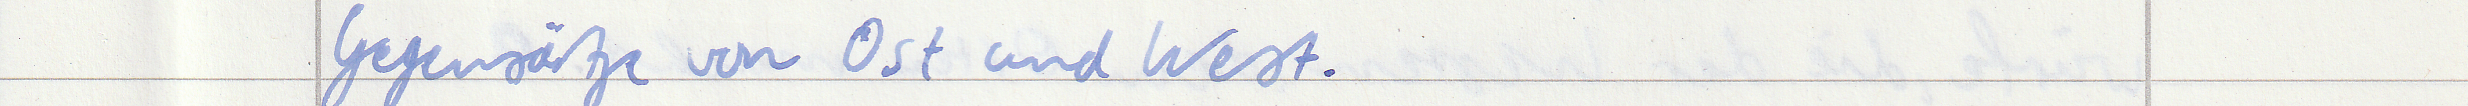
Gegensätze von Ost und West.